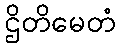
ဌိတိမေတံ